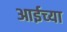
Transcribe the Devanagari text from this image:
आईच्‍या